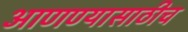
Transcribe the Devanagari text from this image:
आणण्यासाठीच